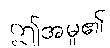
ဤအမှု၏